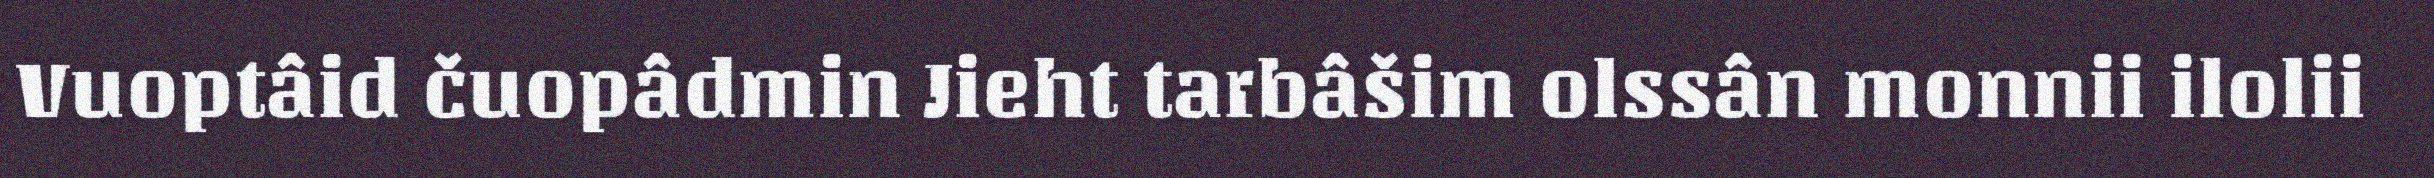
Vuoptâid čuopâdmin Jieht tarbâšim olssân monnii ilolii